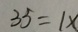
3 5 = 1 x